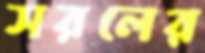
সরলের